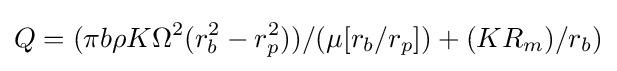
Q=(\pi b\rho K\Omega ^{2}(r_{b}^{2}-r_{p}^{2}))/(\mu [r_{b}/r_{p}])+(KR_{m})/r_{b})